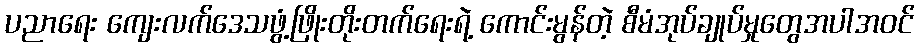
ပညာရေး ကျေးလက်ဒေသဖွံ့ဖြိုးတိုးတက်ရေးရဲ့ ကောင်းမွန်တဲ့ စီမံအုပ်ချုပ်မှုတွေအပါအဝင်